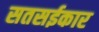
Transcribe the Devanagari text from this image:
सतसईकार